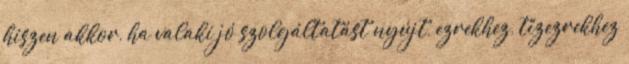
hiszen akkor, ha valaki jó szolgáltatást nyújt, ezrekhez, tízezrekhez